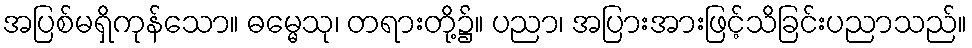
အပြစ်မရှိကုန်သော။ ဓမ္မေသု၊ တရားတို့၌။ ပညာ၊ အပြားအားဖြင့်သိခြင်းပညာသည်။